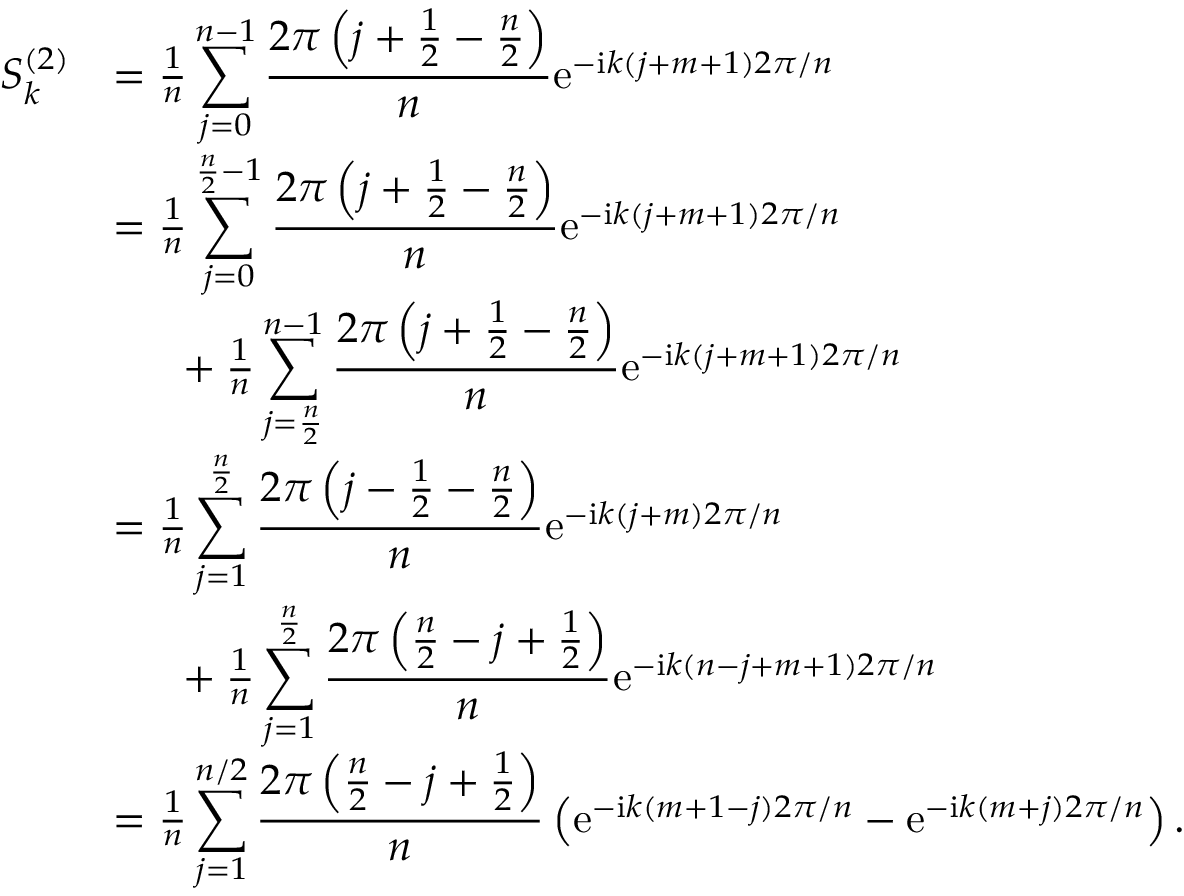
\begin{array} { r l } { S _ { k } ^ { ( 2 ) } } & { = \frac { 1 } { n } \displaystyle \sum _ { j = 0 } ^ { n - 1 } \frac { 2 \pi \left( j + \frac { 1 } { 2 } - \frac { n } { 2 } \right) } { n } \mathrm { e } ^ { - \mathrm { i } k ( j + m + 1 ) 2 \pi / n } } \\ & { = \frac { 1 } { n } \displaystyle \sum _ { j = 0 } ^ { \frac { n } { 2 } - 1 } \frac { 2 \pi \left( j + \frac { 1 } { 2 } - \frac { n } { 2 } \right) } { n } \mathrm { e } ^ { - \mathrm { i } k ( j + m + 1 ) 2 \pi / n } } \\ & { \phantom { 2 p c } + \frac { 1 } { n } \displaystyle \sum _ { j = \frac { n } { 2 } } ^ { n - 1 } \frac { 2 \pi \left( j + \frac { 1 } { 2 } - \frac { n } { 2 } \right) } { n } \mathrm { e } ^ { - \mathrm { i } k ( j + m + 1 ) 2 \pi / n } } \\ & { = \frac { 1 } { n } \displaystyle \sum _ { j = 1 } ^ { \frac { n } { 2 } } \frac { 2 \pi \left( j - \frac { 1 } { 2 } - \frac { n } { 2 } \right) } { n } \mathrm { e } ^ { - \mathrm { i } k ( j + m ) 2 \pi / n } } \\ & { \phantom { 2 p c } + \frac { 1 } { n } \displaystyle \sum _ { j = 1 } ^ { \frac { n } { 2 } } \frac { 2 \pi \left( \frac { n } { 2 } - j + \frac { 1 } { 2 } \right) } { n } \mathrm { e } ^ { - \mathrm { i } k ( n - j + m + 1 ) 2 \pi / n } } \\ & { = \frac { 1 } { n } \displaystyle \sum _ { j = 1 } ^ { n / 2 } \frac { 2 \pi \left( \frac { n } { 2 } - j + \frac { 1 } { 2 } \right) } { n } \left( \mathrm { e } ^ { - \mathrm { i } k ( m + 1 - j ) 2 \pi / n } - \mathrm { e } ^ { - \mathrm { i } k ( m + j ) 2 \pi / n } \right) . } \end{array}